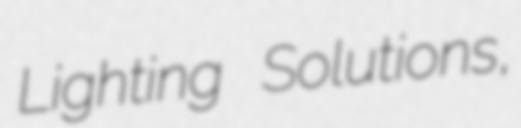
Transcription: Lighting Solutions,